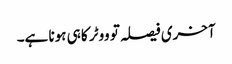
آخری فیصلہ تو ووٹر کا ہی ہونا ہے۔